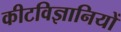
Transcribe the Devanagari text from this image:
कीटविज्ञानियों